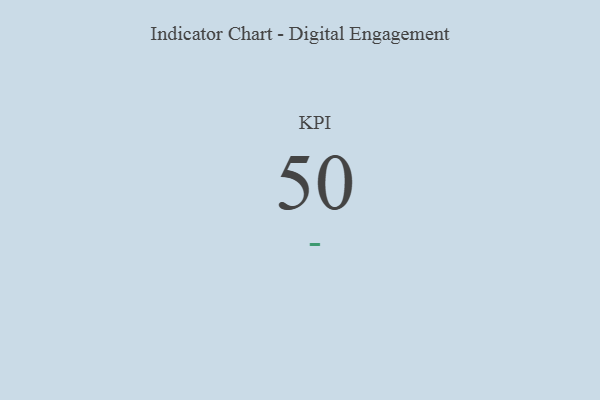
{"axis": {"x": "KPI", "y": "Value"}, "legend": [""], "data": [{"x": "KPI", "y": 50, "type": ""}]}